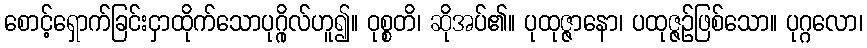
စောင့်ရှောက်ခြင်းငှာထိုက်သောပုဂ္ဂိုလ်ဟူ၍။ ဝုစ္စတိ၊ ဆိုအပ်၏။ ပုထုဇ္ဇာနော၊ ပထုဇ္ဇဉ်ဖြစ်သော။ ပုဂ္ဂလော၊